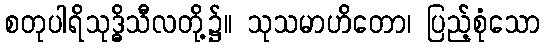
စတုပါရိသုဒ္ဓိသီလတို့၌။ သုသမာဟိတော၊ ပြည့်စုံသော